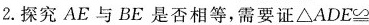
2.探究AE与BE是否相等，需要证△ADE≌